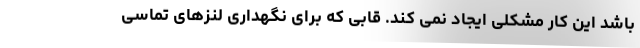
باشد این کار مشکلی ایجاد نمی کند. قابی که برای نگهداری لنزهای تماسی